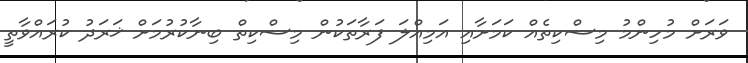
ވަރަށް މުހިންމު މިސްކިތެއް ކަމަށާއި އަމިއްލަ ފަރާތަކުން މިސްކިތް ބިނާކުރުމަށް ޚަރަދު ކުރައްވާތީ